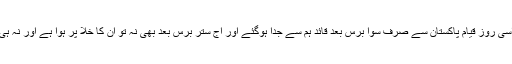
11 ستمبر ہماری تاریخ کا ایک ایسا ہی دن ہے کہ اسی روز قیام پاکستان سے صرف سوا برس بعد قائد ہم سے جدا ہوگئے اور آج ستر برس بعد بھی نہ تو ان کا خلا پر ہوا ہے اور نہ ہی ان کی یاد اور محبت میں کوئی کمی واقع ہوئی ہے۔